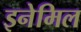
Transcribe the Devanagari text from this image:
इनेमिल